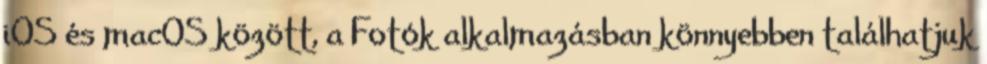
iOS és macOS között, a Fotók alkalmazásban könnyebben találhatjuk